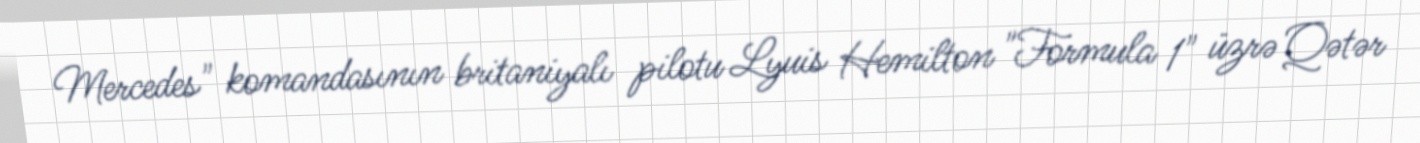
Mercedes" komandasının britaniyalı pilotu Lyuis Hemilton "Formula 1" üzrə Qətər